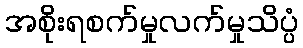
အစိုးရစက်မှုလက်မှုသိပ္ပံ